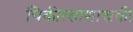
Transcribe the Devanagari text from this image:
चिकीत्साशास्त्रकी